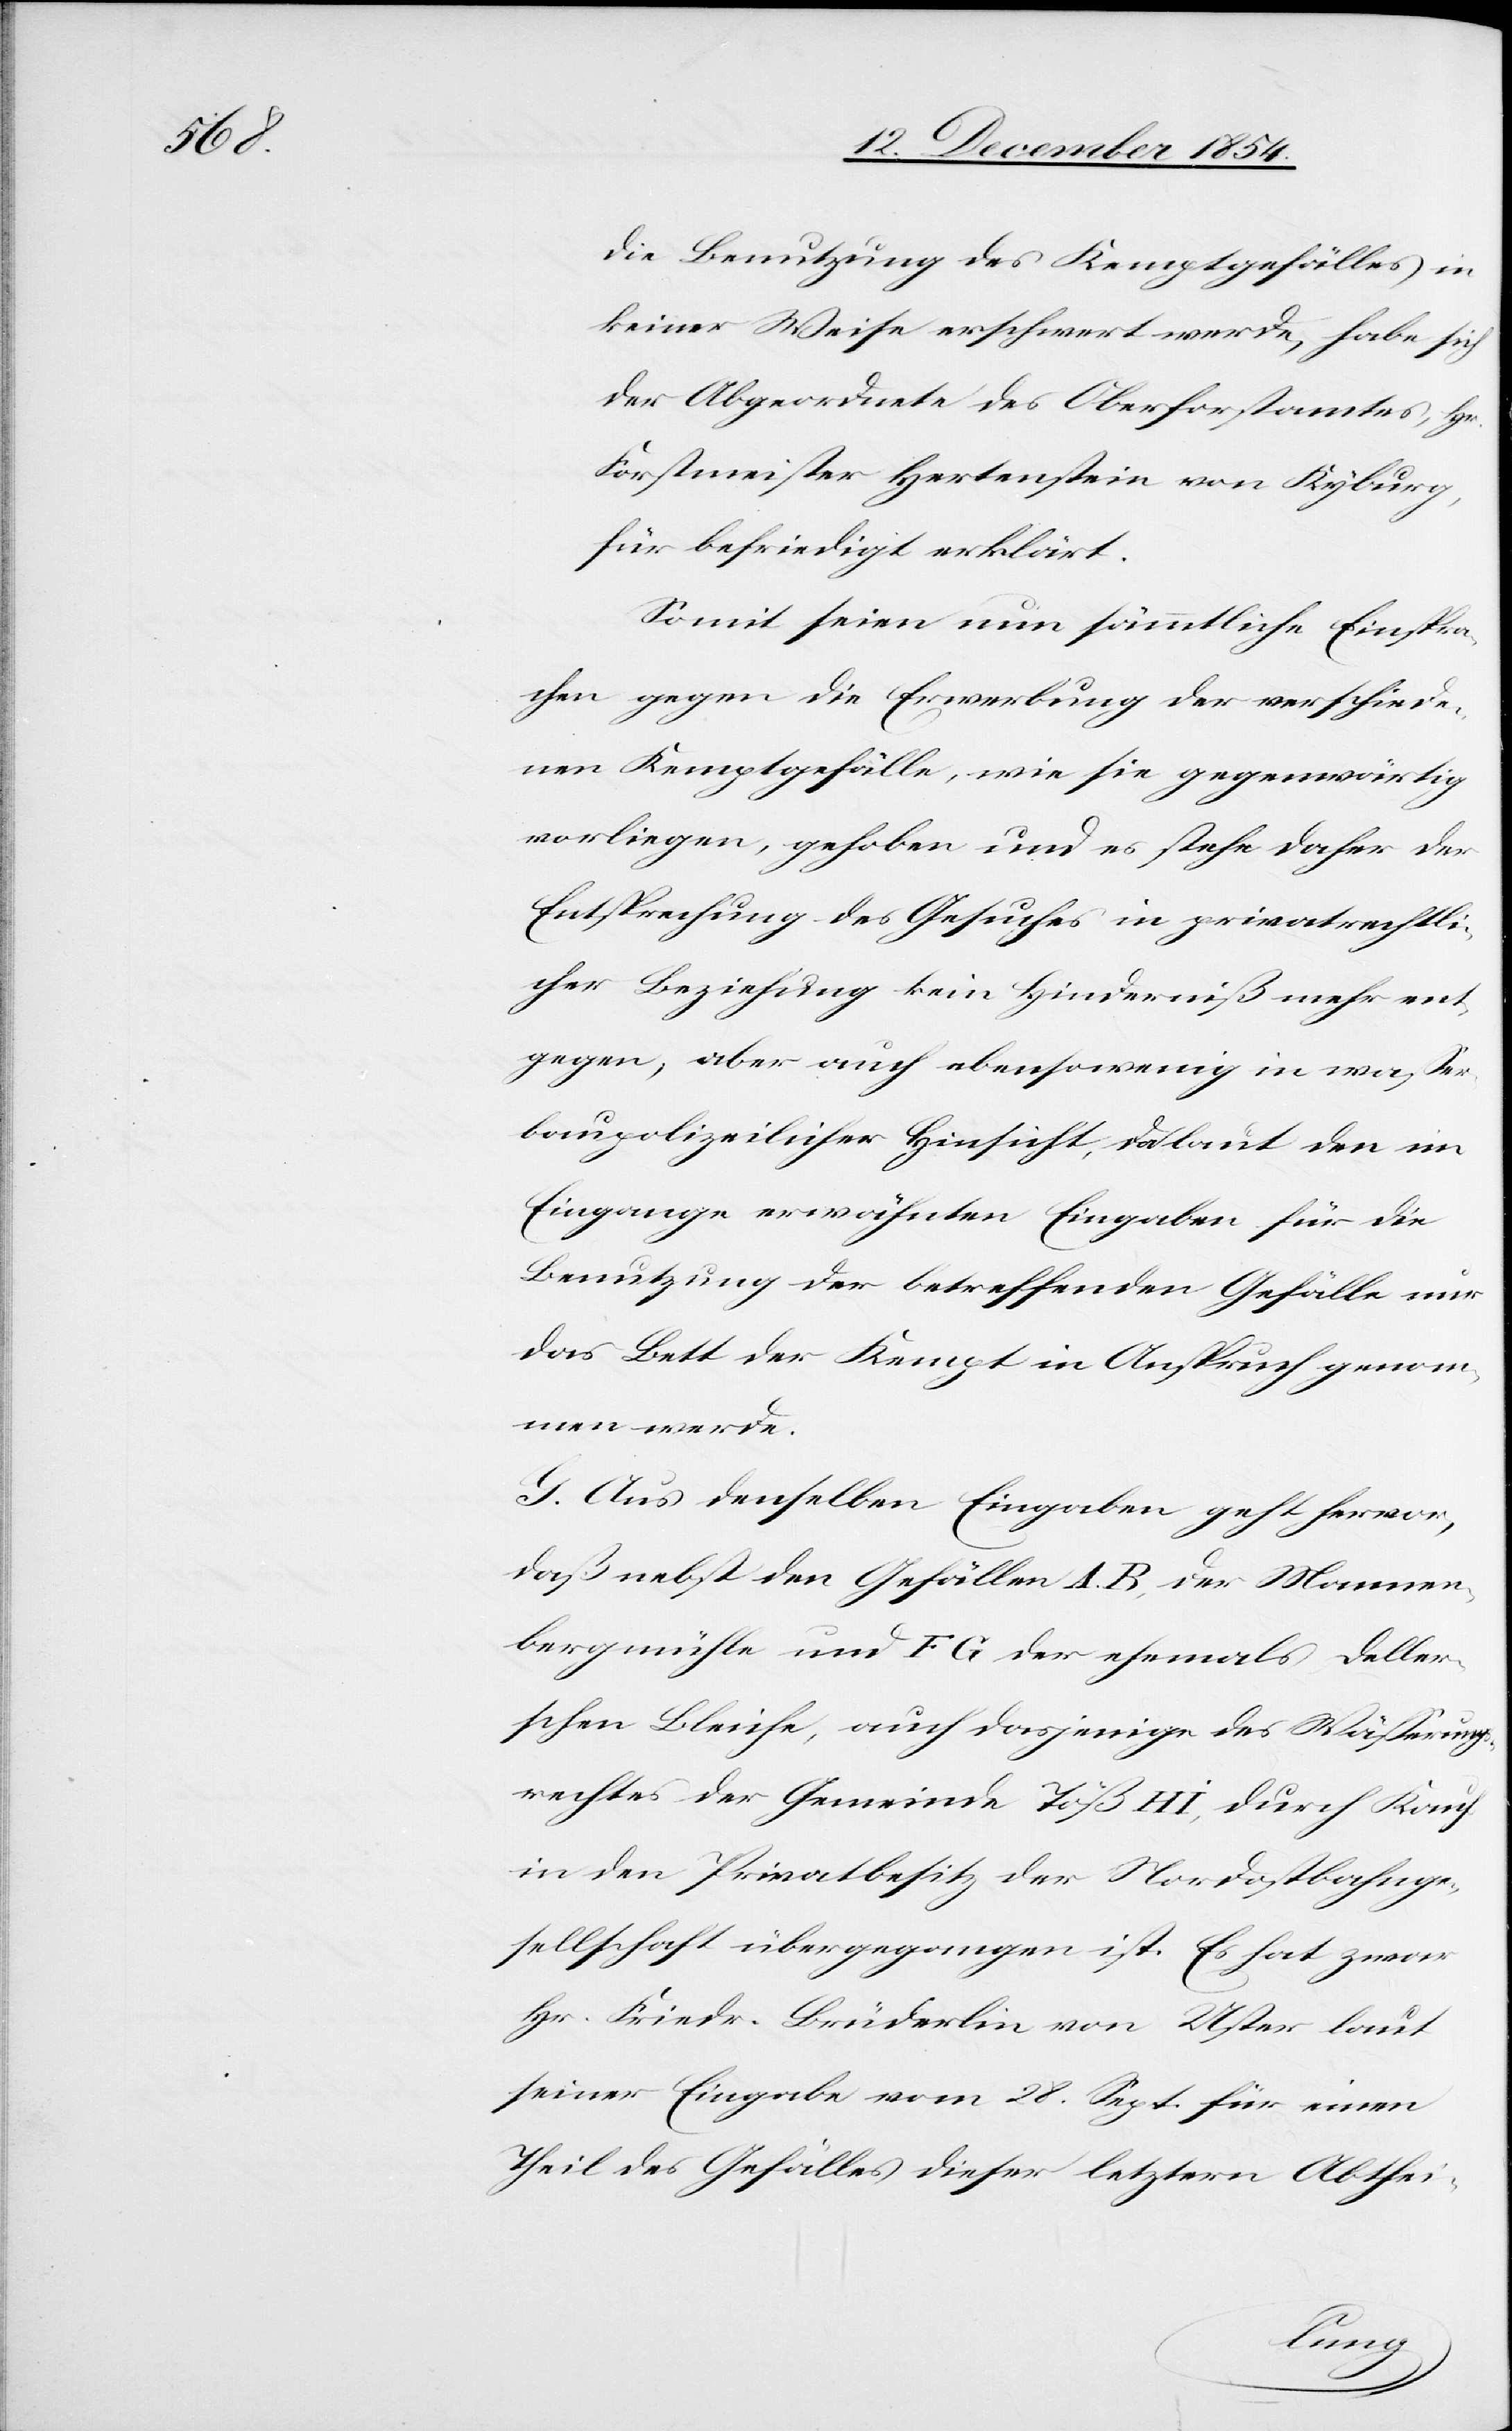
die Benutzung des Kemptgefälles in
keiner Weise erschwert werde, habe sich
der Abgeordnete des Oberforstamtes, Hr.
Forstmeier Hertenstein von Kyburg,
für befriedigt erklärt.
Somit seien nun sämmtliche Einspra¬
chen gegen die Erwerbung der verschiede¬
nen Kemptgefälle wie sie gegenwärtig
vorliegen, gehoben und es stehe daher der
Entsprechung des Gesuches in privatrechtli¬
cher Beziehung kein Hinderniß mehr ent¬
gegen, aber auch ebensowenig in waßer¬
baupolizeilicher Hinsicht, da laut den im
Eingange erwähnten Eingaben für die
Benutzung der betreffenden Gefälle nur
das Bett der Kempt in Anspruch genom¬
men werde.
G. Aus denselben Eingaben geht hervor,
daß nebst den Gefällen A. B, der Mannen¬
bergmühle und F G der ehemals Deller¬
schen Bleiche, auch dasjenige des Wäßerungs¬
rechtes der Gemeinde Töß H I, durch Kauf
in den Privatbesitz der Nordostbahnge¬
sellschaft übergegangen ist. Es hat zwar
Hr. Friedr. Brüderlin von Uster laut
seiner Eingabe vom 28. Sept. für einen
Theil des Gefälles dieser letztern Abthei-